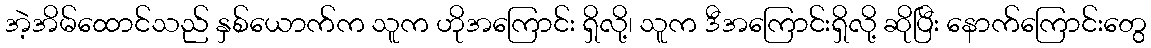
အဲ့အိမ်ထောင်သည် နှစ်ယောက်က သူက ဟိုအကြောင်း ရှိလို့၊ သူက ဒီအကြောင်းရှိလို့ ဆိုပြီး နောက်ကြောင်းတွေ